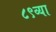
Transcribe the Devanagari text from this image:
८९व्या